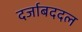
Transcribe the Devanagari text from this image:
दर्जाबददल